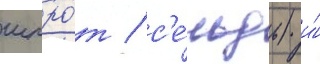
шпро́т / с'е́льдь) и́